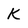
Character: k